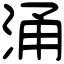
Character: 涌